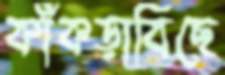
কাঁকড়াবিছে